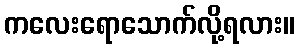
ကလေးရောသောက်လို့ရလား။